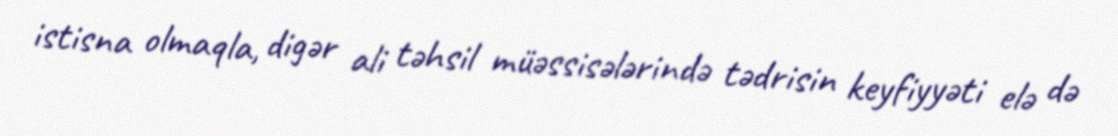
istisna olmaqla, digər ali təhsil müəssisələrində tədrisin keyfiyyəti elə də